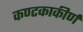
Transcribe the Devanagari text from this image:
कण्टकाकीर्ण